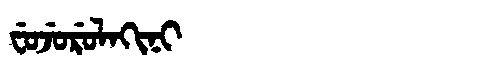
Manchu: ᠸᡠᠵᡠᡵᡠᠯᠠᡴᡳᠨᡳ
Romanization: FUJURULAKINI